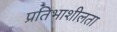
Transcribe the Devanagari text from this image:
प्रतिभाशीलता